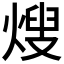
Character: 𭵕